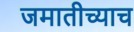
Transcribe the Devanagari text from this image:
जमातीच्याच